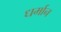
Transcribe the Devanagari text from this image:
धर्मान